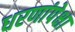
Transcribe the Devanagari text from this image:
धरणांपेक्षा